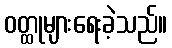
ဝတ္ထုများရေးခဲ့သည်။